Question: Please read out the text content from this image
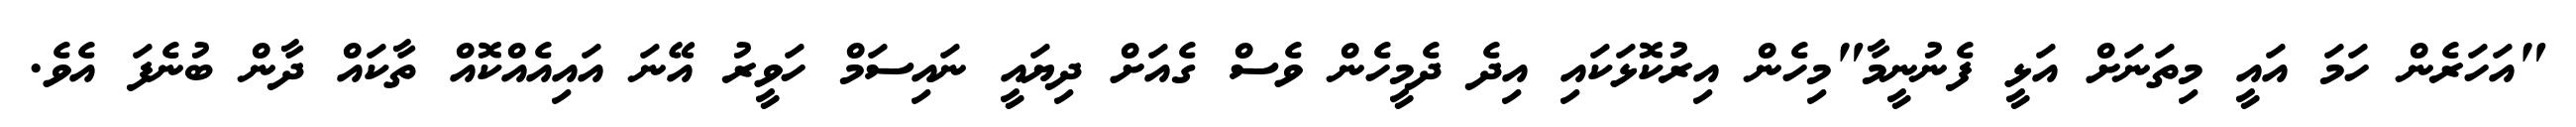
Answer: "އަހަރެން ހަމަ އައީ މިތަނަށް އަޅީ ފެނުނީމާ"މިހެން އިރުކޮޅަކައި އިދެ ދެމީހެން ވެސް ގެއަށް ދިޔައީ ނައިސަމް ހަވީރު އޭނަ އައިއެއްކޮއް ތާކައް ދާން ބުނެފަ އެވެ.